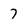
Character: 7